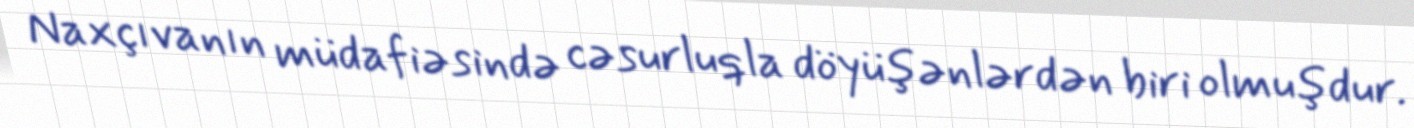
Naxçıvanın müdafiəsində cəsurluqla döyüşənlərdən biri olmuşdur.